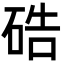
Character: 硞